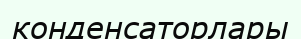
конденсаторлары